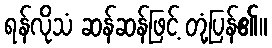
ရန်လိုသံ ဆန်ဆန်ဖြင့် တုံ့ပြန်၏။